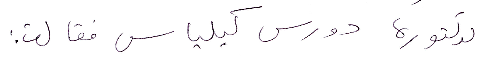
الدكتورة دورس كيلياس فقالت: